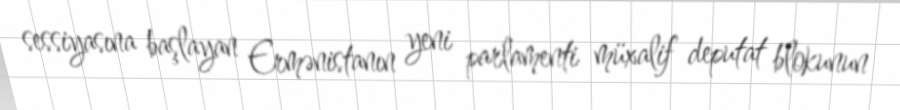
sessiyasına başlayan Ermənistanın yeni parlamenti müxalif deputat blokunun